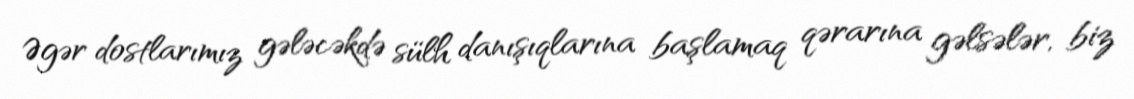
Əgər dostlarımız gələcəkdə sülh danışıqlarına başlamaq qərarına gəlsələr, biz